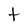
Character: t